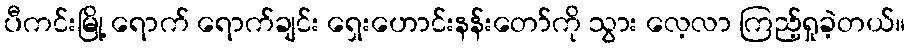
ပီကင်းမြို့ ရောက် ရောက်ချင်း ရှေးဟောင်းနန်းတော်ကို သွား လေ့လာ ကြည့်ရှုခဲ့တယ်။